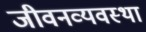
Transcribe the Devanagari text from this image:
जीवनव्यवस्था